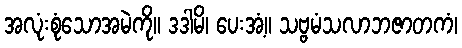
အလုံးစုံသောအမဲကို။ ဒဒါမိ၊ ပေးအံ့။ သဗ္ဗမံသလာဘဇာတကံ၊